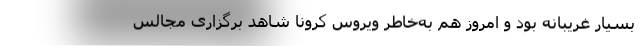
بسیار غریبانه بود و امروز هم به‌خاطر ویروس کرونا شاهد برگزاری مجالس